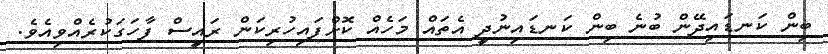
ބިން ކަނޑައިދޭން ބުނެ ބިން ކަނޑައިނުދީ އެތައް މަހެއް ކޮށްފައިހުރިކަން ރައީސް ފާހަގަކުރެއްވިއެވެ.